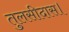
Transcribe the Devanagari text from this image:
तुलसीदास।